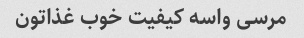
مرسی واسه کیفیت خوب غذاتون